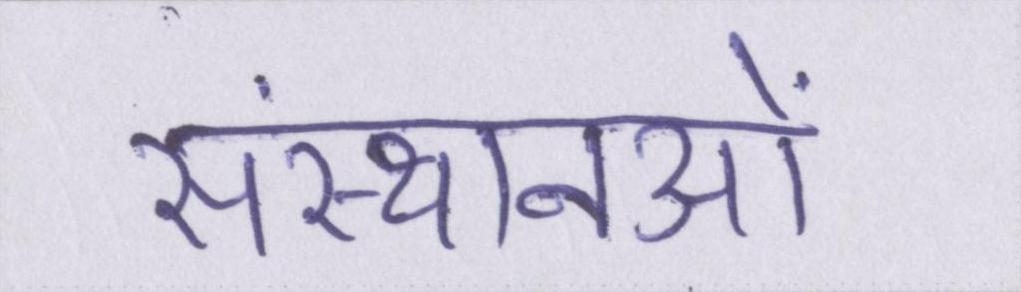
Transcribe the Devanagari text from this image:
संस्थानओं